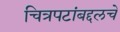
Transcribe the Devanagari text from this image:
चित्रपटांबद्दलचे